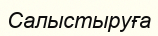
Салыстыруға